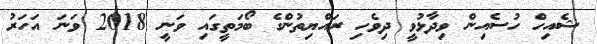
ޝެއިހް ހުސެއިން ވިދާޅުވީ ދިވެހި ރައްޔިތުންގެ ބޯމަތީގައި ވަނީ 2018 ވަނަ އަހަރު